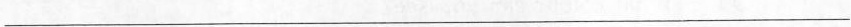
___